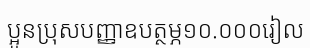
ប្អូនប្រុសបញ្ញាឧបត្ថម្ភ១០.០០០រៀល